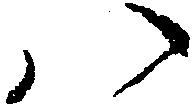
八